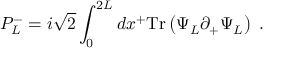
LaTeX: P _ { L } ^ { - } = { i \sqrt { 2 } } \int _ { 0 } ^ { 2 L } d x ^ { + } \mathrm { T r } \left( \Psi _ { L } \partial _ { + } \Psi _ { L } \right) \; .